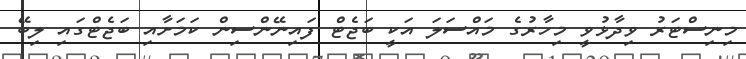
މިނިސްޓަރު ވިދާޅުވީ މިހާރުގެ މައްސަލަ އަކީ ބަޖެޓް ފައިނޭންސިން ކަމަށާއި ބަޖެޓްގައި ލިބޭ